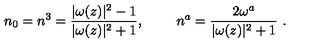
n _ { 0 } = n ^ { 3 } = { \frac { | \omega ( z ) | ^ { 2 } - 1 } { | \omega ( z ) | ^ { 2 } + 1 } } , \qquad \ n ^ { a } = { \frac { 2 \omega ^ { a } } { | \omega ( z ) | ^ { 2 } + 1 } } \ . \ \